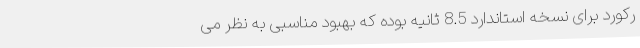
رکورد برای نسخه استاندارد 8.5 ثانیه بوده که بهبود مناسبی به نظر می